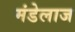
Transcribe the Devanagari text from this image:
मंडेलाज